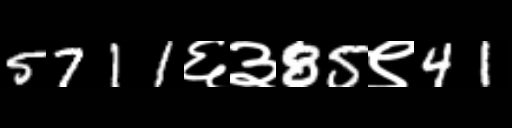
Text: 5711६३85९41